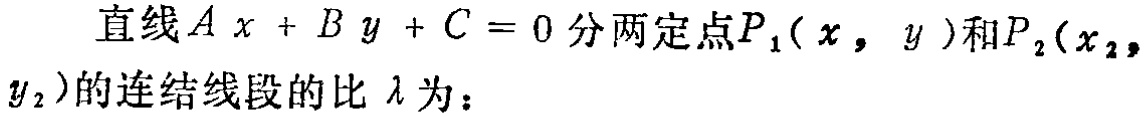
直线\(Ax + By + C = 0\)分两定点\(P_1(x_1, y_1)\)和\(P_2(x_2, y_2)\)的连结线段的比\(\lambda\)为：